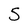
Character: 5